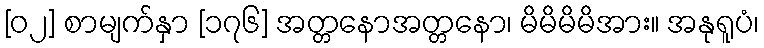
[၀၂] စာမျက်နှာ [၁၇၆] အတ္တနောအတ္တနော၊ မိမိမိမိအား။ အနုရူပံ၊